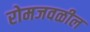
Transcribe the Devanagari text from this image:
रोमजवळील